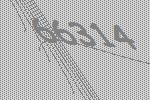
66314